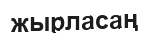
жырласаң